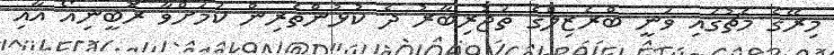
މިރޭގެ މެޗުގައި ވަނީ ބްރެޒިލްގެ ތަޖުރިބާރު ދެ ކުޅުންތެރިން ކަމަށްވާ ރޮބީނިއޯ އާއި